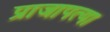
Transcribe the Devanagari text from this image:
प्राजापत्या